Vaccination report Assam 1874-1896 - 1874-1896
Year: 1874
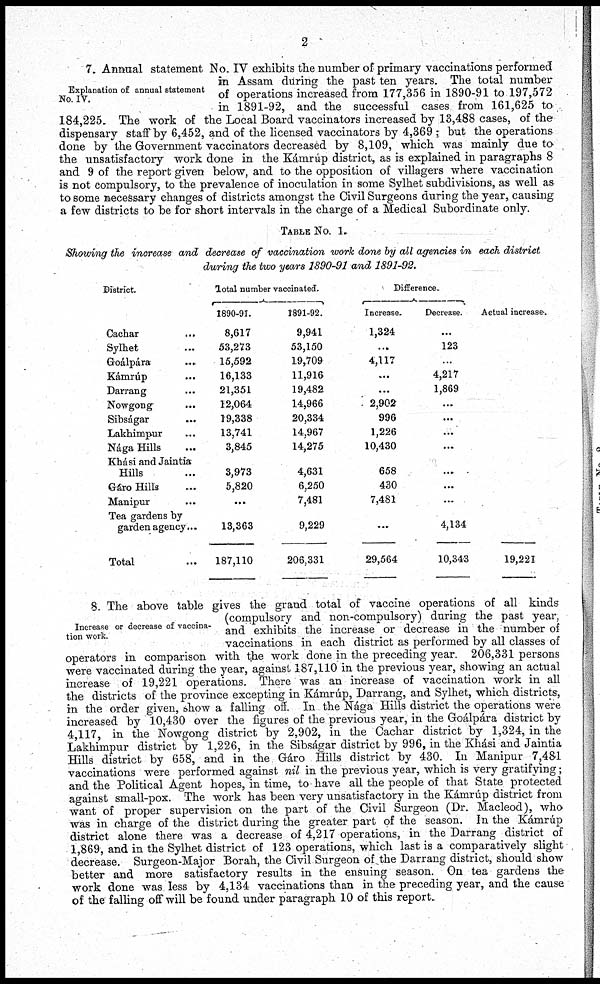
2
Explanation of annual statement
No. IV.
7. Annual statement No. IV exhibits the number of primary vaccinations performed
in Assam during the past ten years. The total number
of operations increased from 177,356 in 1890-91 to 197,572
in 1891-92, and the successful cases from 161,625 to
184,225. The work of the Local Board vaccinators increased by 13,488 cases, of the
dispensary staff by 6,452, and of the licensed vaccinators by 4,369; but the operations
done by the Government vaccinators decreased by 8,109, which was mainly due to
the unsatisfactory work done in the Kámrúp district, as is explained in paragraphs 8
and 9 of the report given below, and to the opposition of villagers where vaccination
is not compulsory, to the prevalence of inoculation in some Sylhet subdivisions, as well as
to some necessary changes of districts amongst the Civil Surgeons during the year, causing
a few districts to be for short intervals in the charge of a Medical Subordinate only.
TABLE NO. 1.
Showing the increase and decrease of vaccination work done by all agencies in each district
during the two years 1890-91 and 1891-92.
District.
Cachar ...
Sylhet ...
Goálpára ...
Kámrúp ...
Darrang ...
Nowgong
...
Sibságar ...
Lakhimpur ...
Nága Hills
...
Khási and Jaintia
Hills ...
Gáro Hills ...
Manipur ...
Tea gardens by
garden agency...
Total ...
Total number vaccinated.
1890-91.
8,617
53,273
15,592
16,133
21,351
12,064
19,338
13,741
3,845
3,973
5,820
...
13,363
187,110
1891-92.
9,941
53,150
19,709
11,916
19,482
14,966
20,334
14,967
14,275
4,631
6,250
7,481
9,229
206,331
Difference.
Increase.
1,324
...
4,117
...
...
2,902
996
1,226
10,430
658
430
7,481
...
29,564
Decrease.
...
123
...
4,217
1,869
...
...
...
...
...
...
...
4,134
10,343
Actual increase.
19,221
Increase or decrease of vaccina-
tion work.
8. The above table gives the grand total of vaccine operations of all kinds
(compulsory and non-compulsory) during the past year,
and exhibits the increase or decrease in the number of
vaccinations in each district as performed by all classes of
operators in comparison with the work done in the preceding year. 206,331 persons
were vaccinated during the year, against 187,110 in the previous year, showing an actual
increase of 19,221 operations. There was an increase of vaccination work in all
the districts of the province excepting in Kámrúp, Darrang, and Sylhet, which districts,
in the order given, show a falling off. In the Nága Hills district the operations were
increased by 10,430 over the figures of the previous year, in the Goálpára district by
4,117, in the Nowgong district by 2,902, in the Cachar district by 1,324, in the
Lakhimpur district by 1,226, in the Sibságar district by 996, in the Khási and Jaintia
Hills district by 658, and in the Gáro Hills district by 430. In Manipur 7,481
vaccinations were performed against nil in the previous year, which is very gratifying;
and the Political Agent hopes, in time, to-have all the people of that State protected
against small-pox. The work has been very unsatisfactory in the Kámrúp district from
want of proper supervision on the part of the Civil Surgeon (Dr. Macleod), who
was in charge of the district during the greater part of the season. In the Kámrúp
district alone there was a decrease of 4,217 operations, in the Darrang district of
1,869, and in the Sylhet district of 123 operations, which last is a comparatively slight
decrease. Surgeon-Major Borah, the Civil Surgeon of the Darrang district, should show
better and more satisfactory results in the ensuing season. On tea gardens the
work done was less by 4,134 vaccinations than in the preceding year, and the cause
of the falling off will be found under paragraph 10 of this report.